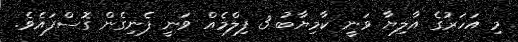
މި އަހަރުގެ އާލިޔާ ވަނީ ކާމިޔާބު 3 ފިލްމެއް ވަނީ ފެނިގެން ގޮސްފައެވެ.